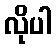
လိုပါ